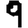
Digit: 9